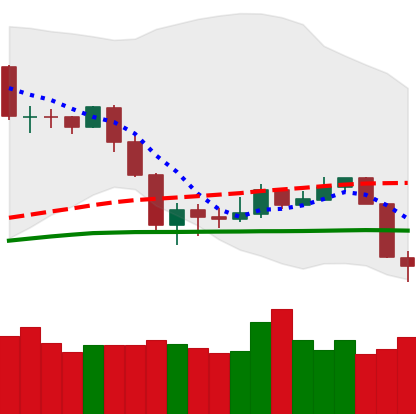
Ticker: NEO-USD
Chart end date: 2020-03-09
Forward return: -41.486%
Label: down_7plus